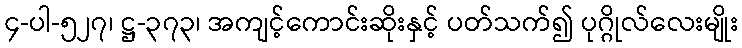
၄-ပါ-၅၂၇၊ ဋ္ဌ-၃၇၃၊ အကျင့်ကောင်းဆိုးနှင့် ပတ်သက်၍ ပုဂ္ဂိုလ်လေးမျိုး